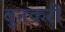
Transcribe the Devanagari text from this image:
बुनकरी